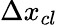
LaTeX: \Delta x_{cl}